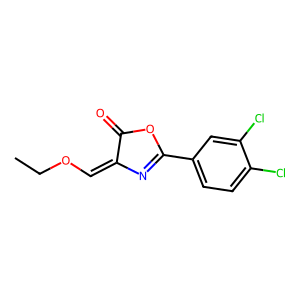
SMILES: CCOC=C1N=C(c2ccc(Cl)c(Cl)c2)OC1=O
Inhibits HIV replication: No